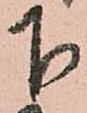
下